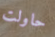
حاولت